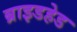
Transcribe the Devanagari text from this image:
ब्राइडहेड